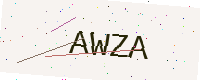
Text: AWZA